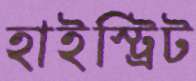
হাইস্ট্রিট